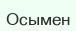
Осымен